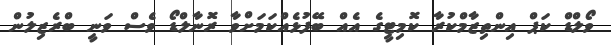
ވޯލްޑް ކަޕް އިންތިޒާމްކުރާ ކޮމިޓީގެ އެއް ބޭފުޅެއްކަމަށްވާ ރޮނާލްޑޯ ވެސް ވަނީ ބްރެޒިލުން